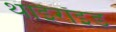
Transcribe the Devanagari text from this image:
थाईरॉइड